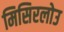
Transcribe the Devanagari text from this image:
मिसिरलोउ